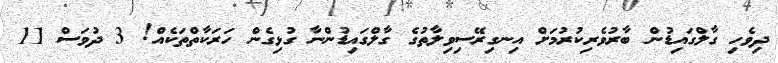
ދިވެހި ގާލްގައިޑުން ބާރުވެރިކުރުމަށް އިނގިރޭސިވިލާތުގެ ގާލްގައިޑުންނާ ގުޅިގެން ހަރަކާތްތަކެއް! 3 ދުވަސް 11